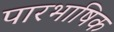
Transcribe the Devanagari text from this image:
पारभाषिक